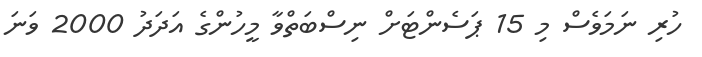
ހުރި ނަމަވެސް މި 15 ޕަސެންޓަށް ނިސްބަތްވާ މީހުންގެ އަދަދު 2000 ވަނަ